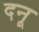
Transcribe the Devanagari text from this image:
दनू